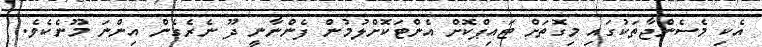
އެކި މެސެންޖާތަކުގައި މިގޮތަށް ޓައިޕްކޮށް އެންޓަކޮށްލުމުން ފެންނާނީ ދޫ ނެރެގެން އިންނަ މޫނެކެވެ.